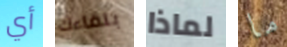
أي بلقاءك لماذا ما